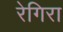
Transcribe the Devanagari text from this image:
रेगिरा